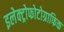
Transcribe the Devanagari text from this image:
इलेक्ट्रोफोटोग्राफिक